Medical and sanitary report of the native army of Bengal for the year
Year: 1878
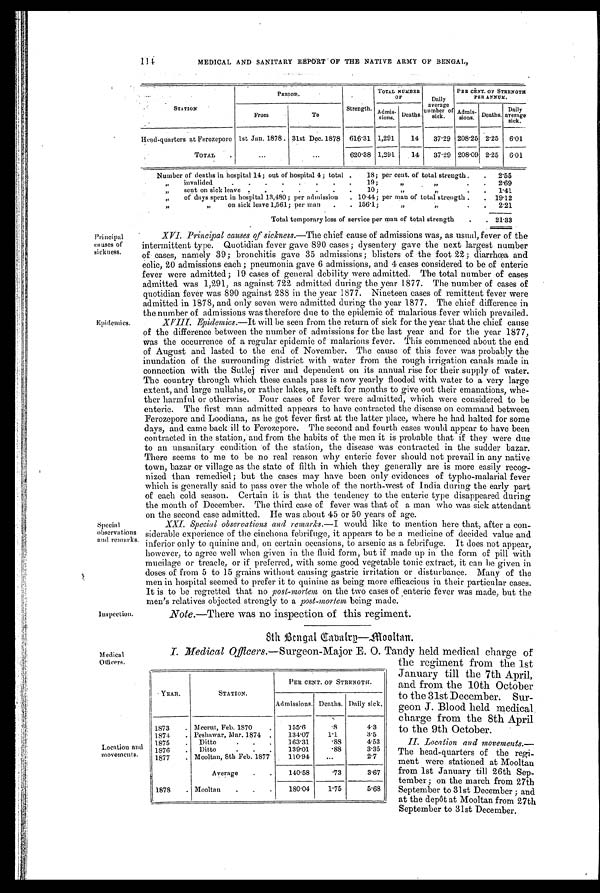
114:
MEDICAL AND SANITARY REPORT OF THE NATIVE ARMY OF BENGAL,
STATION
P E R I O D .
Strength.
TOTAL
NUMBER OF
Daily
average
number of
sick.
PER CENT. OF STRENGTH
PER ANNUM.
From
To
Admis-
sions. Deaths.
Admis-
sions. Deaths. Daily
average
s i c k .
Head-quarters at Ferozepore lst Jan. 1878. 31st Dec. 1878 616.31 1,291
14 37.29 208.25 2.25 6 . 0 1
TOTAL
...
...
620.38 1,291
14 37.29 208.09 2.25 6.01
Number of deaths in hospital 14; out of hospital 4; total . 18; per cent. of total strength. . 2.55
„ invalided
. . . . . . . . 19;
„
.
„
. 2 . 6 9
„ sent on sick leave . . . . . . . 10;
,
„ „
. .
1.41
„ of days spent in hospital 13,480 ; per admission . 10.44; per man of total strength . . 19.12
,,
„
on sick leave 1,561; per man . . 156.1;
„ „
. .
2.21
Total temporary loss of service per man of total strength . . 21.33
Principal
causes of
sickness.
XVI. Principal causes of sickness. —The chief cause of admissions was, as usual, fever of the
intermittent type. Quotidian fever gave 890 cases; dysentery gave the next largest number
of cases, namely 39 ; bronchitis gave 35 admissions ; blisters of the foot 22; diarrhœa and
Colic, 20 admissions each; pneumonia gave 6 admissions, and 4 cases considered to be of enteric
fever were admitted ; 19 cases of general debility were admitted. The total number of cases
admitted was 1,291, as against 722 admitted during the year 1877. The number of cases of
quotidian fever was 890 against 288 in the year 1877. Nineteen cases of remittent fever were
admitted in 1878, and only seven were admitted during the year 1877. The chief difference in
the number of admissions was therefore due to the epidemic of malarious fever which prevailed.
XVIII. Epidemics.—It will be seen from the return of sick for the year that the chief cause
of the difference between the number of admissions for the last year and for the year 1877,
was the occurrence of a regular epidemic of malarions fever. This commenced about the end
of August and lasted to the end of November. The cause of this fever was probably the
inundation of the surrounding district with water from the rough irrigation canals made in
connection with the Sutlej river and dependent on its annual rise for their supply of water.
The country through which these canals pass is now yearly flooded with water to a very large
extent, and large nullahs, or rather lakes, are left for months to give out their emanations, whe-
ther harmful or otherwise. Four cases of fever were admitted, which were considered to be
enteric. The first man admitted appears to have contracted the disease on command between
Ferozepore and Loodiana, as he got fever first at the latter place, where he had halted for some
days, and came back ill to Ferozepore. The second and fourth eases would appear to have been
contracted in the station,-and from the habits of the men it is probable that if they were due
to an unsanitary condition of the station, the disease was contracted in the sudder bazar.
There seems to me to be no real reason why enteric fever should not prevail in any native
town, bazar or village as the state of filth in which they generally are is more easily recog-
nized than remedied; but the cases may have been only evidences of typho-malarial fever
which is generally said to pass over the whole of the north-west of India during the early part
of each cold season. Certain it is that the tendency to the enteric type disappeared during
the month of December. The third case of fever was that of a man who was sick attendant
on the second case admitted. He was about 45 or 50 years of age.
XXI. Special observations and remarks. —I would like to mention here that, after a con-
siderable experience of the cinchona febrifuge, it appears to be a medicine of decided value and
inferior only to quinine and, on certain occasions, to arsenic as a febrifuge. It does not appear,
however, to agree well when given in the fluid form, but if made up in the form of pill with
mucilage or treacle, or if preferred, with some good vegetable tonic extract, it can be given in
doses of from 5 to 15 grains without causing gastric irritation or disturbance. Many of the
men in hospital seemed to prefer it to quinine as being more efficacious in their particular cases.
It is to be regretted that no post-mortem on the two cases of enteric fever was made, but the
men's relatives objected strongly to a post-mortem being made.
Note.—There was no inspection of this regiment.
Epidemics.
Special
observations
and remarks.
Inspection.
Medical
Officers.
8th Bengal Cavalry—Mooltan.
I. Medical Officers. —Surgeon-Major E. O. Tandy held medical charge of
the regiment from the 1st
January till the 7th April,
and from the 10th October
to the 31st December. Sur-
geon J. Blood held. medical
charge from the 8th April
to the 9th October.
II. Location and movements.
— T h e h e a d - q u a r t e r s o f t h e r e c r i -
ment were stationed at Mooltan
from 1st January till 26th Sep-
tember ; on the march from 27th
September to 31st December ; and
at the depot at Mooltan from 27th
September to 31st December.
Location and
movements.
YEAR.
STATION.
PER CENT. OF STRENGTH.
Admissions. Deaths. Daily sick.
1873 . Meerut, Feb. 1870
.
155.6
.8
4.3
1874 . Peshawar, Mar. 1874 . 134.07
1.1
3.5
1875 . Ditto
. . .
163.31
.88
4.53
1876 . Ditto.
. .
130.01
.88
3.35
1877 . Mooltan, 8th Feb. 1877
110.94
...
2.7
Average . .
140.58
.73
3.67
1878 . Mooltan . . .
180.04
1.75
5.68